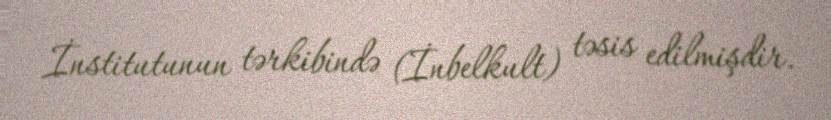
İnstitutunun tərkibində (İnbelkult) təsis edilmişdir.